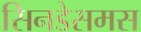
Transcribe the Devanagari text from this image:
सिनडेसमस